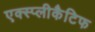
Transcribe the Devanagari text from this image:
एक्स्प्लीकैटिफ